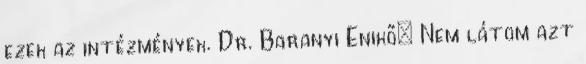
ezek az intézmények. Dr. Baranyi Enikő: Nem látom azt